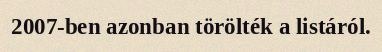
2007-ben azonban törölték a listáról.